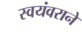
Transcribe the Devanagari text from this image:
स्वयंवराने